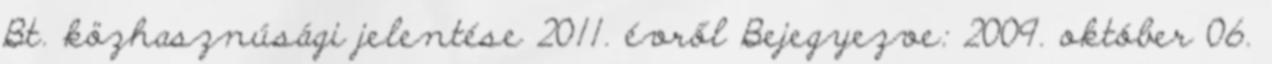
Bt. közhasznúsági jelentése 2011. évről Bejegyezve: 2009. október 06.